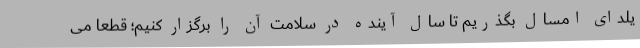
یلدای امسال بگذریم تا سال آینده در سلامت آن را برگزار کنیم؛ قطعا می